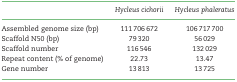
|  | Hycleus cichorii | Hycleus phaleratus |
 | --- | --- | --- |
 | Assembled genome size (bp) | 111 706 672 | 106 717 700 |
 | Scaffold N50 (bp) | 79 320 | 56 029 |
 | Scaffold number | 116 546 | 132 029 |
 | Repeat content (% of genome) | 22.73 | 13.47 |
 | Gene number | 13 813 | 13 725 |